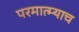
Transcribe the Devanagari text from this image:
परमात्म्याच